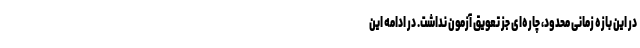
در این بازه زمانی محدود، چاره‌ای جز تعویق آزمون نداشت. در ادامه این